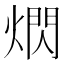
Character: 熌